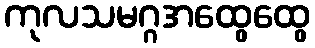
ကုလသမဂ္ဂအထွေထွေ